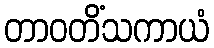
တာဝတိံသကာယံ